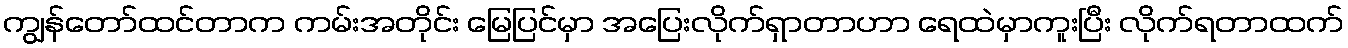
ကျွန်တော်ထင်တာက ကမ်းအတိုင်း မြေပြင်မှာ အပြေးလိုက်ရှာတာဟာ ရေထဲမှာကူးပြီး လိုက်ရတာထက်